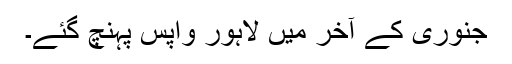
جنوری کے آخر میں لاہور واپس پہنچ گئے۔